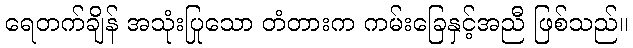
ရေတက်ချိန် အသုံးပြုသော တံတားက ကမ်းခြေနှင့်အညီ ဖြစ်သည်။